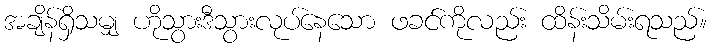
အချိန်ရှိသမျှ ဟိုသွားဒီသွားလုပ်နေသော ဖခင်ကိုလည်း ထိန်းသိမ်းရသည်။